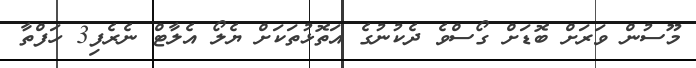
މޫސުން ވަރަށް ބޮޑަށް ގޯސްވެ ދެކުނުގެ އަތޮޅުތަކަށް ޔެލޯ އެލާޓް ނެރެފި3 ހަފްތާ